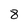
Character: 8